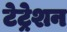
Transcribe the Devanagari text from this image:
टेट्रेशन